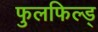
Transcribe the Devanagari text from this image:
फुलफिल्ड्